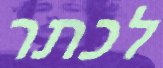
לכתר